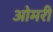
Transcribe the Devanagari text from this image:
ओमरी